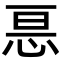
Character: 𭜩